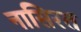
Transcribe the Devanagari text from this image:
नासिरत